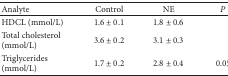
<table><thead><tr><td><b>Analyte</b></td><td><b>Control</b></td><td><b>NE</b></td><td><b><i>P</i></b></td></tr></thead><tbody><tr><td>HDCL (mmol/L)</td><td>1.6 ± 0.1</td><td>1.8 ± 0.6</td><td>[EMPTY_CELL]</td></tr><tr><td>Total cholesterol (mmol/L)</td><td>3.6 ± 0.2</td><td>3.1 ± 0.3</td><td>[EMPTY_CELL]</td></tr><tr><td>Triglycerides (mmol/L)</td><td>1.7 ± 0.2</td><td>2.8 ± 0.4</td><td>0.05</td></tr></tbody></table>